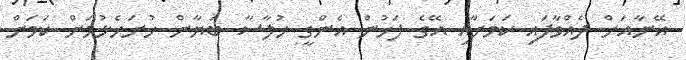
އޭނާއަށް ދެއްވާފައި ކަމަށާއި އޭގެ ފަހުން އެންގީ ހުލާސާ ބަޔާން ހުށަހެޅުމަށް ކަމަށް